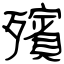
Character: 殯